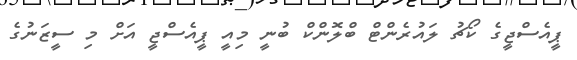
ޕީއެސްޖީގެ ކޯޗު ލައުރެންޓް ބްލޮންކް ބުނީ މިއީ ޕީއެސްޖީ އަށް މި ސީޒަނުގެ